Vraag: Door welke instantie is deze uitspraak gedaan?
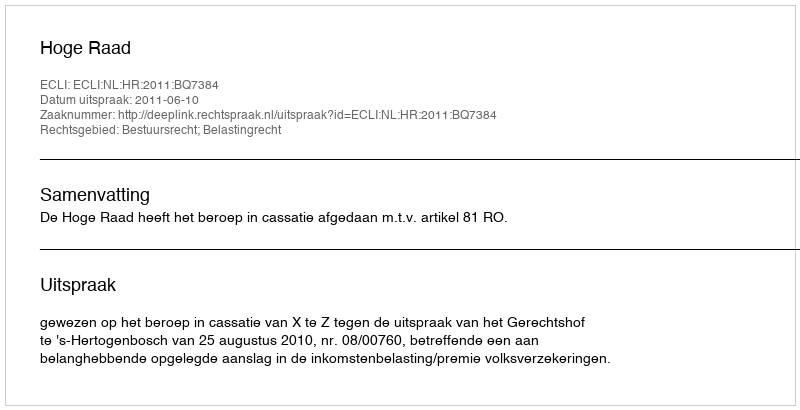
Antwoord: Hoge Raad